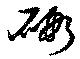
碬